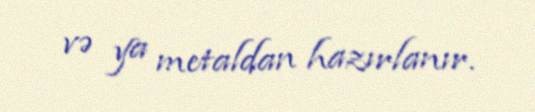
və ya metaldan hazırlanır.